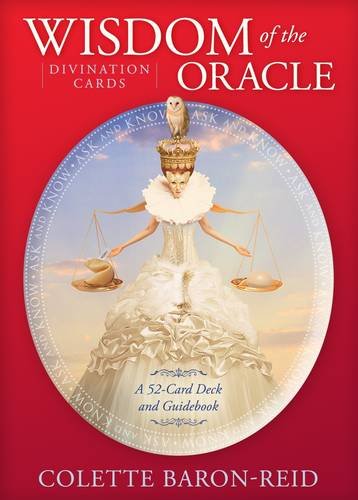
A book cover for Wisdom of the Oracle Divination Cards: Ask and Know; Colette Baron-Reid; Religion & Spirituality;